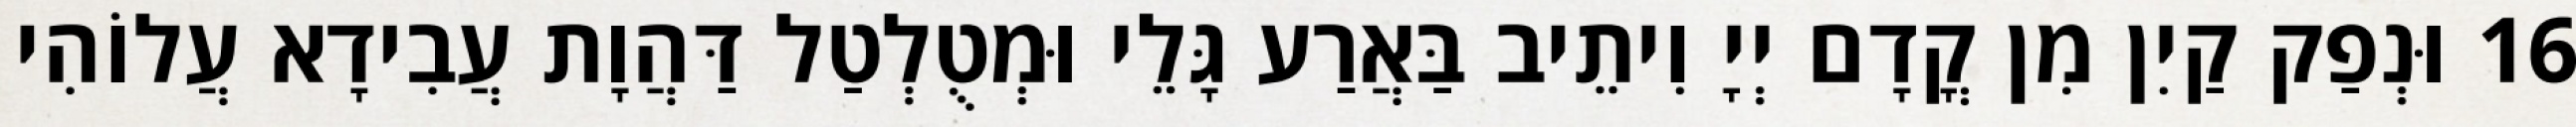
16 וּנְפַק קַיִן מִן קֳדָם יְיָ וִיתֵיב בַּאֲרַע גָּלֵי וּמְטֻלְטַל דַּהֲוָת עֲבִידָא עֲלוֹהִי